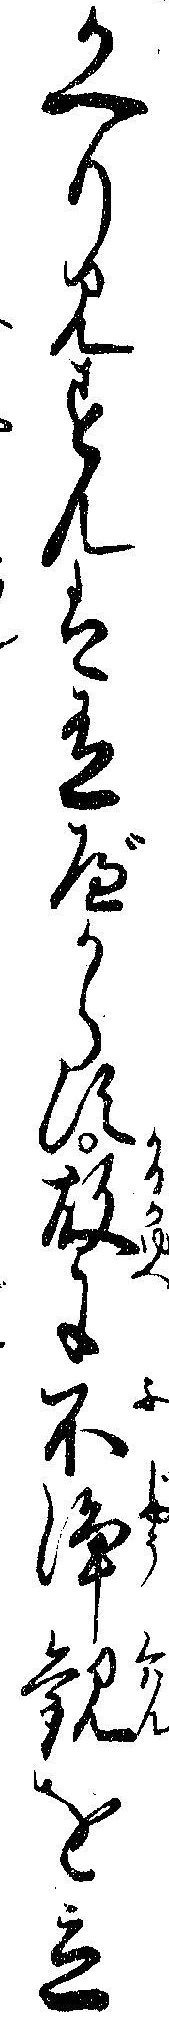
かへり見すんは有べからす故に不浄観を立